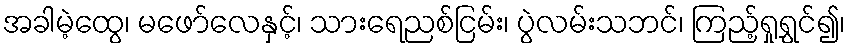
အခါမဲ့ထွေ၊ မဖော်လေနှင့်၊ သားရေညစ်ငြမ်း၊ ပွဲလမ်းသဘင်၊ ကြည့်ရှုရွှင်၍၊